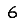
Digit: 6